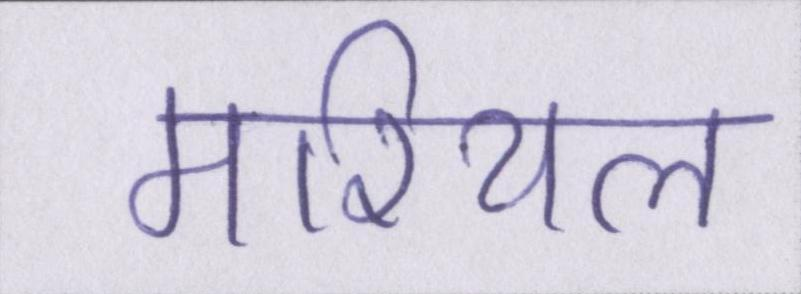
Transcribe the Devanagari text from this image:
मरियल